Vital statistics of India. Vol. IV, Annual returns from 1871 to 1876. British Army of India, Native Army and jails of Bengal
Year: 1871
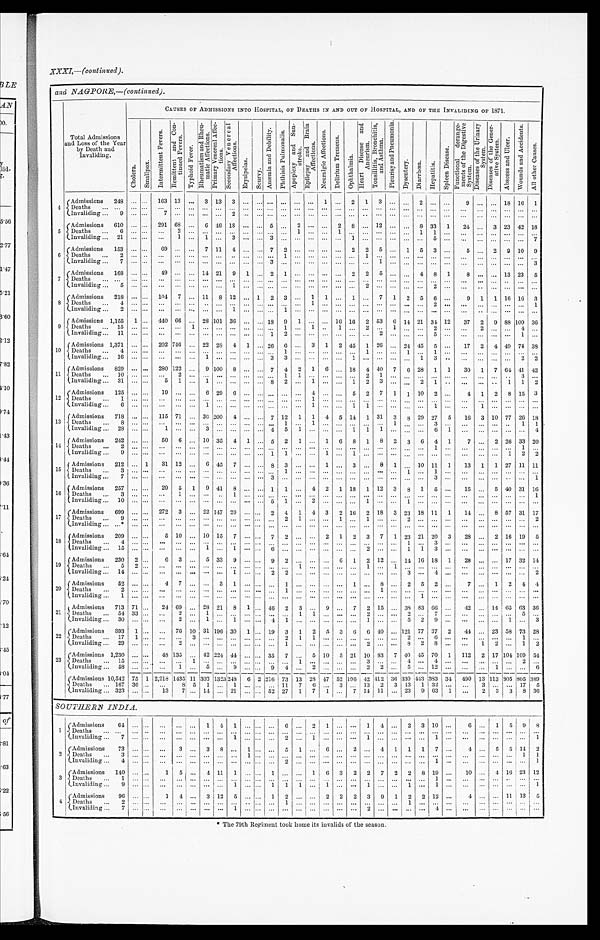
XXXI,—(continued).
and NAGPORE,—(continued).
Total Admissions
and Loss of the Year
by Death and
Invaliding.
CAUSES OF ADMISSIONS INTO HOSPITAL, OF DEATHS IN AND OUT OF HOSPITAL, AND OF THE INVALIDING OF 1871.
C h o l e r a . S m a l l p o x .
I n t e r m i t t e n t F e v e r s . R e m i t t e n t a n d C o n - t i n u e d F e v e r .
T y p l i o i d F e v e r . R h e u m a t i s m a n d R h e u - m a t i c A f f e c t i o n s .
P r i m a r y V e n e r e a l A f f e c t i o n s .
S e c o n d a r y V e n e r e a l A f f e c t i o n s .
E r y s i p e l a s .
S c u r v y .
A n æ m i a a n d D e b i l i t y .
P h t h i s i s P u l m o n a l i s .
A p o p l e x y a n d S u n - s t r o k e .
E p i l e p s y a n d B r a i n A f f e c t i o n s .
N e u r a l g i c A f f e c t i o n s . D e l i r i u m T r e m e n s .
O p h t h a l m i a .
H e a r t D i s e a s e a n d A n e u r i s m .
T o n s i l l i t i s , B r o n c h i t i s , a n d A s t h m a .
P l e u r i s y a n d P n e u m o n i a .
D y s e n t e r y . D i a r r h œ a .
H e p a t i t i s .
S p l e e n D i s e a s e .
F u n c t i o n a l d e r a n g e - m e n t s o f t h e D i g e s t i v e S y s t e m . D i s e a s e s o f t h e U r i n a r y S y s t e m . D i s e a s e s o f t h e G e n e r - a t i v e S y s t e m .
A b s c e s s a n d U l c e r .
W o u n d s a n d A c c i d e n t s .
A l l o t h e r C a u s e s .
4
Admissions 248 ... ... 163 13 ... 3 13 3
. . .
.....
. . . . . .
. . . . . . 1 ... 2 1 3
. . . ... 2 ...
. . . 9 ... ... 18 16 1
Deaths ...
. . . . . . ... ... ... ... ... ... ... ... ... . . . . . . . . . . . . . . . . . . . . . . . .
. . . . . . . . .
. . .
. . . . . .
. . . . . . . . . . . . . . .
Invaliding
9
. . . . . . 7 ... ... ... ... 2
. . . . . . . . . . . . . . . . . . . . . . . . . . . . . . . . .
. . .
. . . . . . . . . . . .
. . .
. . . . . . . . . . . . . . .
5 Admissions 610 ... . . . 291 68 ... 6 46
1 8 ... ... 5 . . . 2 ... ... 2 8 ... 12 ... ... 8 33 1 24 ... 3 23 42 18
Deaths 6 . . . ... ... 2 ... ...
. . . ... ... ... ...
. . . 1 . . . . . . 1 . . . . . . . . . . . . . . . 1 1
. . .
. . . . . . . . . . . . . . . . . .
Invaliding 21 ... ... ... 1 ... 1 . . . 3 ... . . . 3 . . . . . . . . . . . . . . . . . . 1
. . . . . . . . . . . . 5 . . .
. . . . . . . . . ... ... 7
6 Admissions 153 ... . . . 69 . . . . . . 7 11 4
. . .
..... 7 2
. . . . . . . . . . . . 2 2 5
. . . 1 5 3 . . . 5 . . . 2 9 10 9
D e a t h s 2
. . . . . .
. . . . . . . . . . . . . . . . . . . . . . . . . . . 1 . . . . . . . . . . . . . . . 1
. . . . . . . . . . . . . . . . . .
. . . . . . . . . . . . . . . . . .
Invaliding 7
. . . . . .
. . . . . . . . . . . . . . . . . . . . . . . . 3 . . . . . . . . . . . . . . . . . . . . . 1
. . . ...
. . . ... ...
. . . . . . . . . . . . . . . 3
7 Admissions 168 ... ... 49 ... ... 14 21 9 1 ... 2 1
. . . . . . ... . . . 2 2 5 ... ... 4 8 1
8 ... ... 13 23 5
Deaths ...
. . . . . .
. . . . . . . . . . . . . . . . . . . . . . . . . . . . . . . . . . . . . . . . . . . . . . . . . . . . . . . . . . . . . . . . . . . . .
. . . . . . . . .
. . .
. . .
Invaliding 5
. . . . . .
. . . . . . . . . . . . . . . 1 . . . . . . . . . . . . . . . . . . . . . . . . . . . 2
. . . . . . . . . . . . 2 . . . . . .
. . . . . . . . . . .
. . .
8
Admissions 218
. . . . . . 104 7 ... 11 8 12 ... 1 2 3
. . . 1 1 ... 1 ... 7 1 2 5 6 . . . 9 1 1 16 16 3
Deaths 4
. . . . . . ... ... ... ... ... ...
. . . ... . . . ... ...
1 . . . . . . . . . . . . . . . . . . . . . . . . . . . . . .
. . . . . . . . . . . . . . . 1
Invaliding 2
. . . . . .
. . . . . . . . . . . . . . . 1 . . . . . . . . . 1 . . . . . . . . . . . . . . . . . . . . . . . . . . . . . . . . . . . .
. . . . . . . . . . . . . . . . . .
9
Admissions 1,155 1 . . . 440 66 ... 28 101 36 ... ... 18 9 1
. . . ... 16 16 2 53 6 14 21 34 12 37 2 9 88 109 3 6
Deaths 15
. . . . . .
. . . . . . 1
. . . . . . . . . . . . . . . . . . . 1 . . . 1 . . 1 . . . 2
. . . 1 . . . . . . 2 . . .
. . . 2 . . . . . . 4
. . .
Invaliding 11 . . . . . .
. . . . . . . . . . . . . . . . . . . . . . . . 1 2 . . . . . . . . . ... ...
. . . 2
. . . . . . . . . . 5 . . .
. . . . . . . . . . . . 1
. . .
10
Admissions 1,371 ... ... 202 746 ... 22 28 4 1 ... 26 6 ... 3 1 2 45 1 26 ... 24 45 5 ... 17 2 4 49 74 38
Deaths 4 . . .
. . .
. . . . . . . . . . . . . . . . . . . . . . . . . . . 1 . . . . . . . . . . . . . . . 1
. . . . . . 1 . . . 1 . . .
. . . . . . . . . . . . . . .
. . .
Invaliding 16 . . . . . .
. . . . . . . . . 1 . . . . . . . . . . . . 3 3 . . . . . . . . . . . . 1 . . . . . . . . . . . . 1 3 . .
. . . . . . . . . . . . 2
2
11
Admissions 829 ... ... 280 122 ... 9 100 8 ... ... 7 4 2 1 6 ... 18 4 40 7 6 28 1 1 30 1 7 64 41 42
Deaths 10
. . . . . .
. . . 2 . . . . . . . . . . . . . . . . . . . . . 1 1 . . . . . . . . . . . . 2
1 . . . . . . . . . . . . . . .
. . . . . . . . . . . 3
. . .
Invaliding 31
. . . . . . .
5 1 . . . 1 . . . . . . . . . . . . 8 2 . . . 1 . . . . . . 1 2
3 . . . . . . 2 1 . .
. . . . . . . . 1 1
2
12
Admissions 125 ... . . . 19 ... ... 6 29 6 . . . . . . . . . . . . . . . 4 . . . . . . 5 2 7 1 1 10 2 ...
4 1 2 8 15 3
Deaths 1
. . . ... ... ... ... ...
. . . ... ... ... ... ... ... 1 ... ... ... ...
. . . . . . . . . . . . . . . . . . . . .
. . . . . . . . . . . . . . .
Invaliding 6 ... ... ... ... . . . 1 . . . . . . . . . . . . . . . . . . . . 1 . . . . . . 1 1
. . . . . . . . . . . . 1 . . .
. . .
1 . . . . . . . . .
. . .
13 Admissions 718 ... ... 115 71 ... 30 200 4 . . .
... 7 12 1 1 4 5 14 1 31 3 8 29 27 5 16 3 10 77 26 18
Deaths 8 ... . . .
. . . . . . . . . . . . . . . . . . . . . . . . . . . 1 . . . 1 . . . . . . . . . . . . . . . 1 . . . . . . 3 . . .
. . . . . . . . . . . . 1 1
Invaliding 28 ... . . .
1 . . . . . . 3 . . . . . . . . . . . . 4 5 1 . . . . . . . . . 1 1
1 . . . . . . . . . 6 1
. . . ... ... ... ... 4
14 Admissions 242 . . . ... 50 6 ... 10 35 4 1 ... 5 2 1 ... 1 6 8 1 8 2 3 6 4 1
7 . . . 2 26 33 20
Deaths 2 . . . . . .
. . . . . . . . . . . . . . . . . . . . . . . . . . . . . . . . . . . . . . . . . . . . . . . . . . . . . . . . . . . . 1 . . .
. . . . . . . . . . . . 1
. . .
Invaliding 9 . . . . . .
. . . . . . . . . . . . . . . . . . . . . . . . . 1 1 . . . . . . 1 . . . 1 . . . . . . . . . . . . . . . . . . . . .
. . . . . . . . . 1 2
2
1 5
Admissions 212 . . . 1 31 12 . . . 6 45 7 ... ... 8 3 . . . . . . 1 . . . 3 ... 8 1
. . . 10 11 1 13 1 1 27 11 11
Deaths 3
. . . . . .
. . . . . . . . . . . . . . . . . . . . . . . . . . . 1 . . . . . . . . . . . . . . . . . . . . . . . . 1 . . . 1 . . .
. . . . . . . . . . . . ...
. . .
Invaliding 7 . . . . . .
. . . . . . . . . . . . . . . . . . . . . . . . 3 . . . . . . . . . . . . . . . . . . . . . . . . . . . . . . . . . 3 . . .
. . . . . . . . . . . . . . .
1
16
Admissions 257 ... ... 29 5 1 9 41 8 ... ... 1 1 ... 4 2 1 18 1 12 3 8 1 5 ... 15 ... 5 40 31 16
Deaths 3 ... ... ... 1 ...
. . . . . . 1 . . . . . . . . . . . . . . . . . . . . . . . . . . . . . . . . . . . . . . . . . . . . . . . .
. . .
. . . . . . . . . . . .
1
Invaliding
10 ... ... ...
. . . . . . . . . . . . . . . . . . . . . 5 1 . . . 2 . . . . . . . . . 1
. . . . . . 1 . . . . . . . . .
. . . . . . . . . . . . . . . . . .
17 Admissions 699 ... . . . 272 3 . . . 22 147 20 ... . . . 2 4 1 4 3 2 16 2 18 3 23 18 11 1 14 . . . 8 57 31 17
Deaths 9 ... ...
. . . . . . . . . . . . . . . . . . . . . . . . . . . 2 1 . . . . . . 1 . . . 1
. . . . . . 2 . . . . . . . . .
. . . . . . . . . . . . . . .
2
Invaliding *
. . . . . .
. . . . . . . . . . . . . . . . . . . . . . . . . . . . . . . . . . . . . . . . . . . . . . . . . . . . . . . . . . . . . . . . . .
. . . . . . . . . . . . . . . . . .
18
Admissions 209 ... ...
5 10 . . . 10 15 7 . . . . . . 7 2 ... ... 2 1 2 3 7 1 23 21 20 3 28 ... 2 16 19 5
Deaths 4
. . . . . .
. . . . . . . . . . . . . . . . . . . . . . . . . . . . . . . . . . . . ... ... . . . . . . . . . . . . 1 . . . 3 . . .
. . . . . . . . . . . . . . .
. . .
Invaliding 15 ... ... ... ... ... 1 ... 1 . . . ... 6 ... . . . . . . ... ... ... 2
. . . . . . 1 1 3 . . .
. . . . . . ... ... ... ...
19
Admissions 230 2 . . .
6 3 ... 5 33 9 ... ... 9 2 ... ... ... 6 1 2 12 ... 14 16 18 1 28 . . . ... 17 32 14
Deaths 5 2 . . .
. . . . . . . . . . . . . . . . . . . . . . . . . . . . . . 1 . . . . . . ... ... 1
. . . 1 . . . . . . . . . . . .
. . . . . . . . . . . . . . . . . .
Invaliding 14 . . . . . .
. . . . . . . . . . . . . . . 1 . . . . . . 2 2 . . . . . . . . . . . . . . . . . . . . . . . . 3 . . . 4 . . .
. . . . . . ... ... . . . 2
20
Admissions
52 . . . . . .
4 7 . . . . . . 3 1 . . . . . . . . . 1 . . . . . . . . . ... 1 . . . 8 . . . 2 5 2 ...
7 ... 1 2 4 4
Deaths 2
. . . . . .
. . . . . . . . . . . . . . . . . . . . . . . . . . . 1 . . . . . . . . . . . . . . . . . . 1 . . . . . . . . . . . . . . .
. . . . . . . . . . . . . . .
. . .
Invaliding 1 . . . . . .
. . . . . . . . . . . . . . . . . . . . . . . . . . . . . . . . . . . . . . . . . . . . . . . . . . . . . . . . . 1 . . . . . .
. . . . . . . . . . . . . . .
. . .
21
Admissions 713 71 ... 24 69 ... 28 21 8 1 ... 46 2 3 . . . 9 . . . 7 2 15 . . . 38 83 66 . . . 42 . . . 14 65 63 36
Deaths 54 33 ... ... 2 . . . 1 . . . . . . . . . . . . . . . . . . 1 1 . . . . . . . . . 2
. . . . . . 2 . . . 7 . . .
. . . . . . . . . . . . 5
. . .
Invaliding ... 30 ........
2 ... 1 ... 1 . . . . . . 4 1 . . . . . . . . . . . . . . . 1
. . . . . . 5 2 9 . . .
. . .
...
. . . 1 ... 3
22
Admissions 893 1 ...
. . . 76 10 31 196 30 1 ... 19 3 1 2 5 3 6 6 40 ... 121 77 37 2 44 ... 23 58 73 28
Deaths 17
1 . . .
. . . . . . 3
. . . . . . . . . . . . . . . . . . 2 1 1 . . . . . . . . . . . . . . . . . . 2 . . . 6 . . .
. . . . . . . . . . . . 1
. . .
Invaliding 29 . . . . . .
. . . 2 . . . . . . . . . . . . . . . . . . . . . 1 . . . . . . . . . . . . . . . 2
. . . . . . 8 2 8 . . .
. . . 1 2
. . . 1
2
23
Admissions 1,230 . . . ... 48 135 . . . 42 224 44 . . . . . . 35 7 . . . 5 10 5 21 10 83 7 40 45 70 1 112 2 17 104 109 5 4
De a t h s 1 5
. . . . . .
. . . . . . 1
. . . . . . . . . . . . ... . . . . . . 1 . . . . . . . . . . . . 3
. . . . . . 4 . . . 4 . . .
. . . . . . . . . . . . 2
. . .
Invaliding 58 . . . . . .
. . . 1 . . . 5 . . . 9 . . . . . . 9 4 . . . 2 . . . . . . . . . 2
2 . . . 5 . . . 1 2
...
. . . . . . 1
. . . . . .
6
Admissions 10,542 75
1 2,218 1435 11 303 1 3 2 3
248 6 2 216 73 13 28 47 52 196 4 2 412 36 330 443 383 34 490 13 113 805 805 389
Deaths
167 36 . . . ...
8 5
1 ... 1 ... . . . ... 11 7 6 ... 3 ... 13 2 3 13 1 32 ...
. . . 3 ... ... 17 5
Invaliding 323 . . . . . . 13 7 . . . 14 . . . 21 ... ... 52 27 1 7 1 . . . 7 14 11 ... 23 9 63 1 ...
2 3 3
8
36
S O U T H E R N I N D I A .
1
A d m i s s i o n s 6 4 ...
. . . ... ... ... 1
4 1
... ... ... 6 ... 2 1 . . . . . . 1 4 ... 2 3 10 ...
6 ... 1
5 9
8
D e a t h s . . .
. . . . . .
. . . . . . . . . . . . . . . . . . . . . . . . . . . . . . ... . . . . . . ... . . . ... ... . . . . . . . . . . . . . . .
. . . . . . . . . . . . . . .
. . .
Invaliding
7 ... ... ... ... . . . ... ... 1 ... . . . . . . 2 ...
1 . . . . . . . . . 1 . . .
. . . . . . . . . 1 ...
. . . ... . . . ... ... 1
2
Admissions 73 . . . . . .
. . . 3 ... 3 8 . . . 1 . . . . . . 5 1
... 6 ... 2 ... 4 1
1
1 7 ...
4 ... 5
5 1 4 2
Deaths 3
. . . . . .
. . . . . . . . . . . . . . . . . . 1 . . . . . . . . . . . . . . . . . . ... ... ... ... ... ... ... ... ... ... ... ... ... 1 1
Invaliding
4 . . . . . .
. . . . . . . . . . . . . . . . . . . . . . . . . . . 2 . . .
. . . . . . . . . . . . . . . . . . . . . ... ... 1 . . .
. . . . . . . . . . . . . . .
1
3 Admissions 140 ... ...
1 5
. . . 4 11 1 ... ... 1 . . . ... 1 6 3 2 2
7 2
2
8 19 . . .
10 ... 4
1 6 23 12
Deaths
1 ... . . . ... ... ... ... ... . . . ... ... ... ... ... ... ... ... ... ... ... . . . . . . ... 1 . . .
. . . . . . . . . . . . . .
. . .
Invaliding 9 . . . . . .
. . . . . . . . . . . . . . . 1 . . . . . . 1 1 1 . . . 1 . . . . . . 1
. . . . . . 1 . . . 1 . . .
. . . . . .
...
. . . ...
1
4 Admissions 96 ... ...
1 4
... 3 12 5 . . . ... 1 2 . . . ... 2
2 2 3
9 1 2 2
12 . . .
4 ... ... 11 13
5
Deaths 2 ... ...
. . .
...
. . . ... ... ... . . . ... ... 1 . . . . . . . . . . . . . . .
...
. . . . . . 1 . . . . . . . . .
. . . . . . . . . . . . . . .
. . .
Invaliding 7
. . . . . .
. . .
...
. . .
...
. . . 1 . . . . . . . . . . . . . . . . . . . . . . . . . . .
2
. . . . . . . . . . . . 4 . . .
. . . . . . . . . . . . . . .
. . .
* The 79th Regiment took home its invalids of the season.